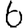
Digit: 6